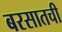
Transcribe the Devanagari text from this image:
बरसातची